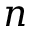
n